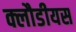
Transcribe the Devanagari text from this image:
क्लौडीयस